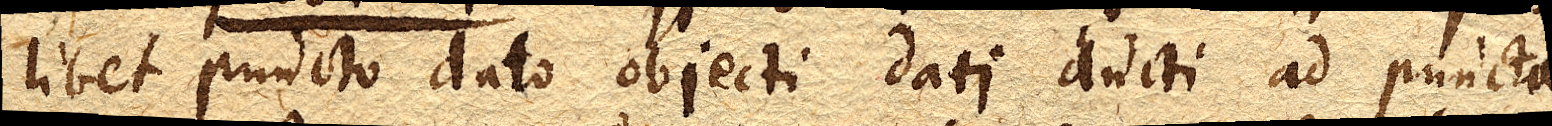
libet puncto dato objecti dati ducti ad puncta